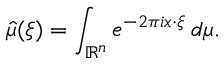
{ \hat { \mu } } ( \xi ) = \int _ { \mathbb { R } ^ { n } } e ^ { - 2 \pi i x \cdot \xi } \, d \mu .